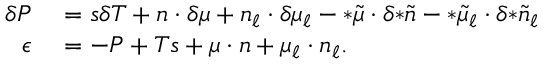
\begin{array} { r l } { \delta P } & { { } = s \delta T + n \cdot \delta \mu + n _ { \ell } \cdot \delta \mu _ { \ell } - { * \tilde { \mu } } \cdot \delta { * \tilde { n } } - { * \tilde { \mu } _ { \ell } } \cdot \delta { * \tilde { n } _ { \ell } } } \\ { \epsilon } & { { } = - P + T s + \mu \cdot n + \mu _ { \ell } \cdot n _ { \ell } . } \end{array}